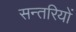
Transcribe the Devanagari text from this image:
सन्तरियों